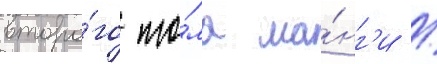
второ́го то́ма ма́нг'и /